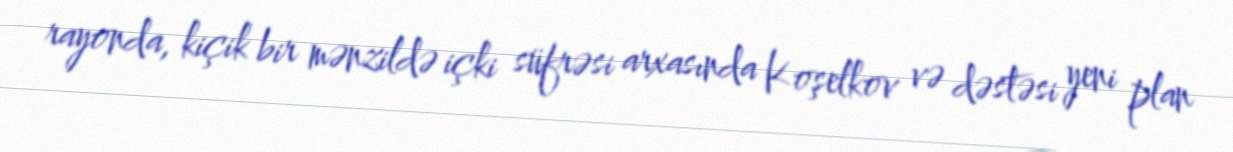
rayonda, kiçik bir mənzildə içki süfrəsi arxasında Koşelkov və dəstəsi yeni plan